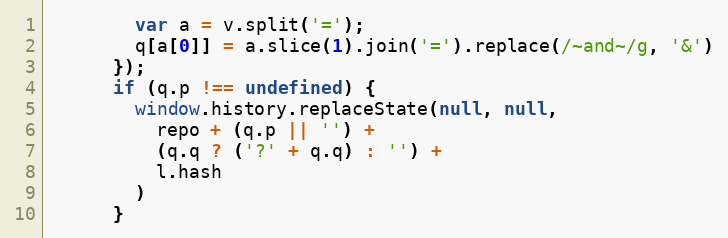
Language: JavaScript
        var a = v.split('=');
        q[a[0]] = a.slice(1).join('=').replace(/~and~/g, '&')
      });
      if (q.p !== undefined) {
        window.history.replaceState(null, null,
          repo + (q.p || '') +
          (q.q ? ('?' + q.q) : '') +
          l.hash
        )
      }